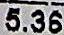
5.36